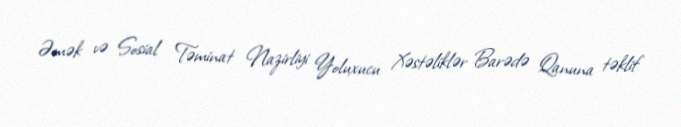
Əmək və Sosial Təminat Nazirliyi Yoluxucu Xəstəliklər Barədə Qanuna təklif